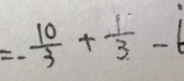
= - \frac { 1 0 } { 3 } + \frac { 1 } { 3 } - 6